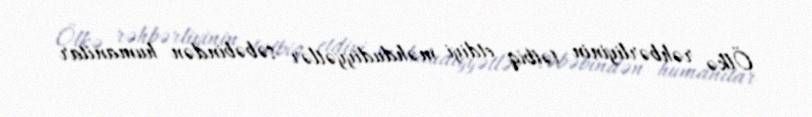
Ölkə rəhbərliyinin tətbiq etdiyi məhdudiyyətlər səbəbindən humanitar